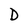
Character: D